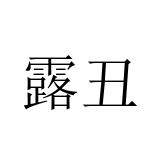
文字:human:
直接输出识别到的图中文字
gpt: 露丑